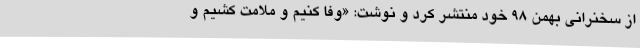
از سخنرانی بهمن ۹۸ خود منتشر کرد و نوشت: «وفا کنیم و ملامت کشیم و